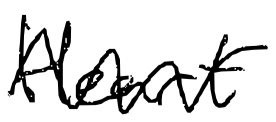
Text: Heart
Cross-out: mix
Writing tool: digital_black